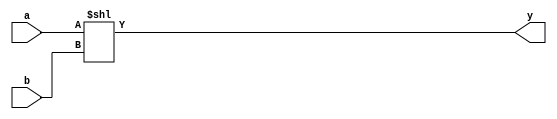
module shiftLeft( a, b, y);

input [7:0] a;
input [7:0] b;
output [7:0] y;
reg [7:0] y;

always@(a or b)
begin
	y = a << b;
end
endmodule